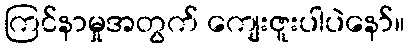
ကြင်နာမှုအတွက် ကျေးဇူးပါပဲနော်။